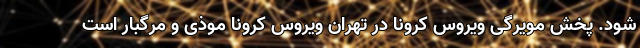
شود. پخش مویرگی ویروس کرونا در تهران ویروس کرونا موذی و مرگبار است